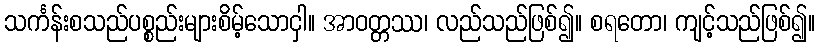
သင်္ကန်းစသည်ပစ္စည်းများစိမ့်သောငှါ။ အာဝတ္တဿ၊ လည်သည်ဖြစ်၍။ စရတော၊ ကျင့်သည်ဖြစ်၍။